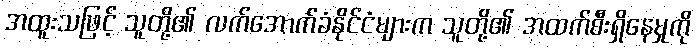
အထူးသဖြင့် သူတို့၏ လက်အောက်ခံနိုင်ငံများက သူတို့၏ အထက်စီးရှိနေမှုကို